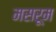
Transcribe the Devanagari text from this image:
मसरूम